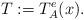
LaTeX: \begin{align*}T:= T^e_A(x).\end{align*}